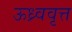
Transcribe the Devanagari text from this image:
ऊध्र्ववृत्त